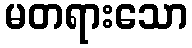
မတရားသော